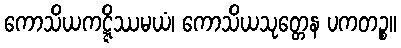
ကောသိယကဋ္ဋိဿမယံ၊ ကောသိယသုတ္တေန ပကတဉ္စ။